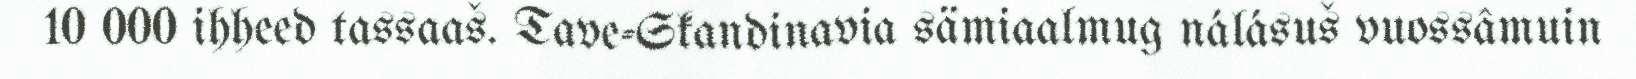
10 000 ihheed tassaaš. Tave-Skandinavia sämiaalmug nálásuš vuossâmuin